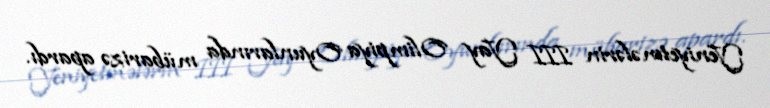
Yeniyetmələrin III Yay Olimpiya Oyunlarında mübarizə apardı.